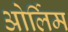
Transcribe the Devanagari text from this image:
ओर्लिम